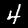
Digit: 4